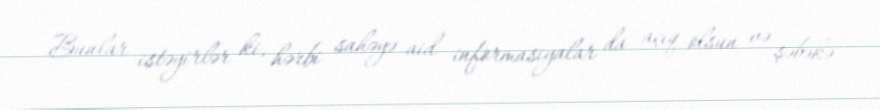
Bunlar istəyirlər ki, hərbi sahəyə aid informasiyalar da açıq olsun və şəbəkə